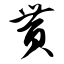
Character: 贳